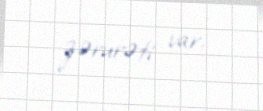
zərurəti var.